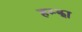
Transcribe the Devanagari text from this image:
हम्झा